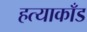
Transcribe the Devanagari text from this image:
हत्याकाँड